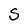
Character: S